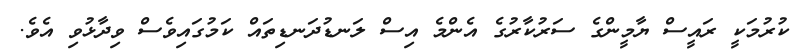
ކުރުމަކީ ރައީސް ޔާމީންގެ ސަރުކާރުގެ އެންމެ އިސް ލަނޑުދަނޑިތައް ކަމުގައިވެސް ވިދާޅުވި އެވެ.